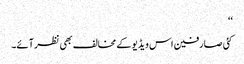
‘‘
کئی صارفین اس ویڈیو کے مخالف بھی نظر آئے۔